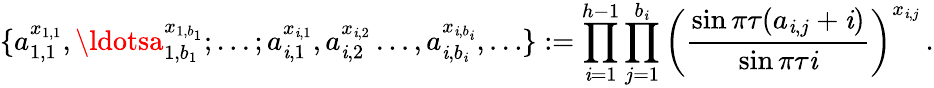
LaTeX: \{ a_{1,1}^{x_{1,1}},\ldotsa_{1,b_{1}}^{x_{1,b_{1}}};\ldots;a_{\mathit{i},1}^{x_{\mathit{i},1}},a_{\mathit{i},2}^{x_{\mathit{i},2}}\ldots,a_{\mathit{i},b_{\mathit{i}}}^{x_{\mathit{i},b_{\mathit{i}}}},\ldots\} :=\prod_{\mathit{i}=1}^{h-1}\prod_{j=1}^{b_{\mathit{i}}}\left(\frac{{\sin\pi\tau(a_{\mathit{i},j}+\mathit{i})}}{{\sin\pi\tau\mathit{i}}}\right)^{x_{\mathit{i},j}}\, .